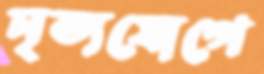
নৃত্যযোগে